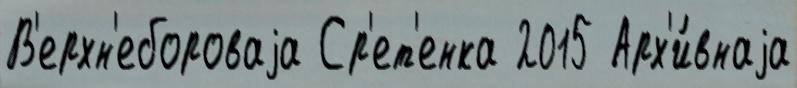
В'ерхн'ебороваjа Ср'ет'енка 2015 Арх'и́внаjа